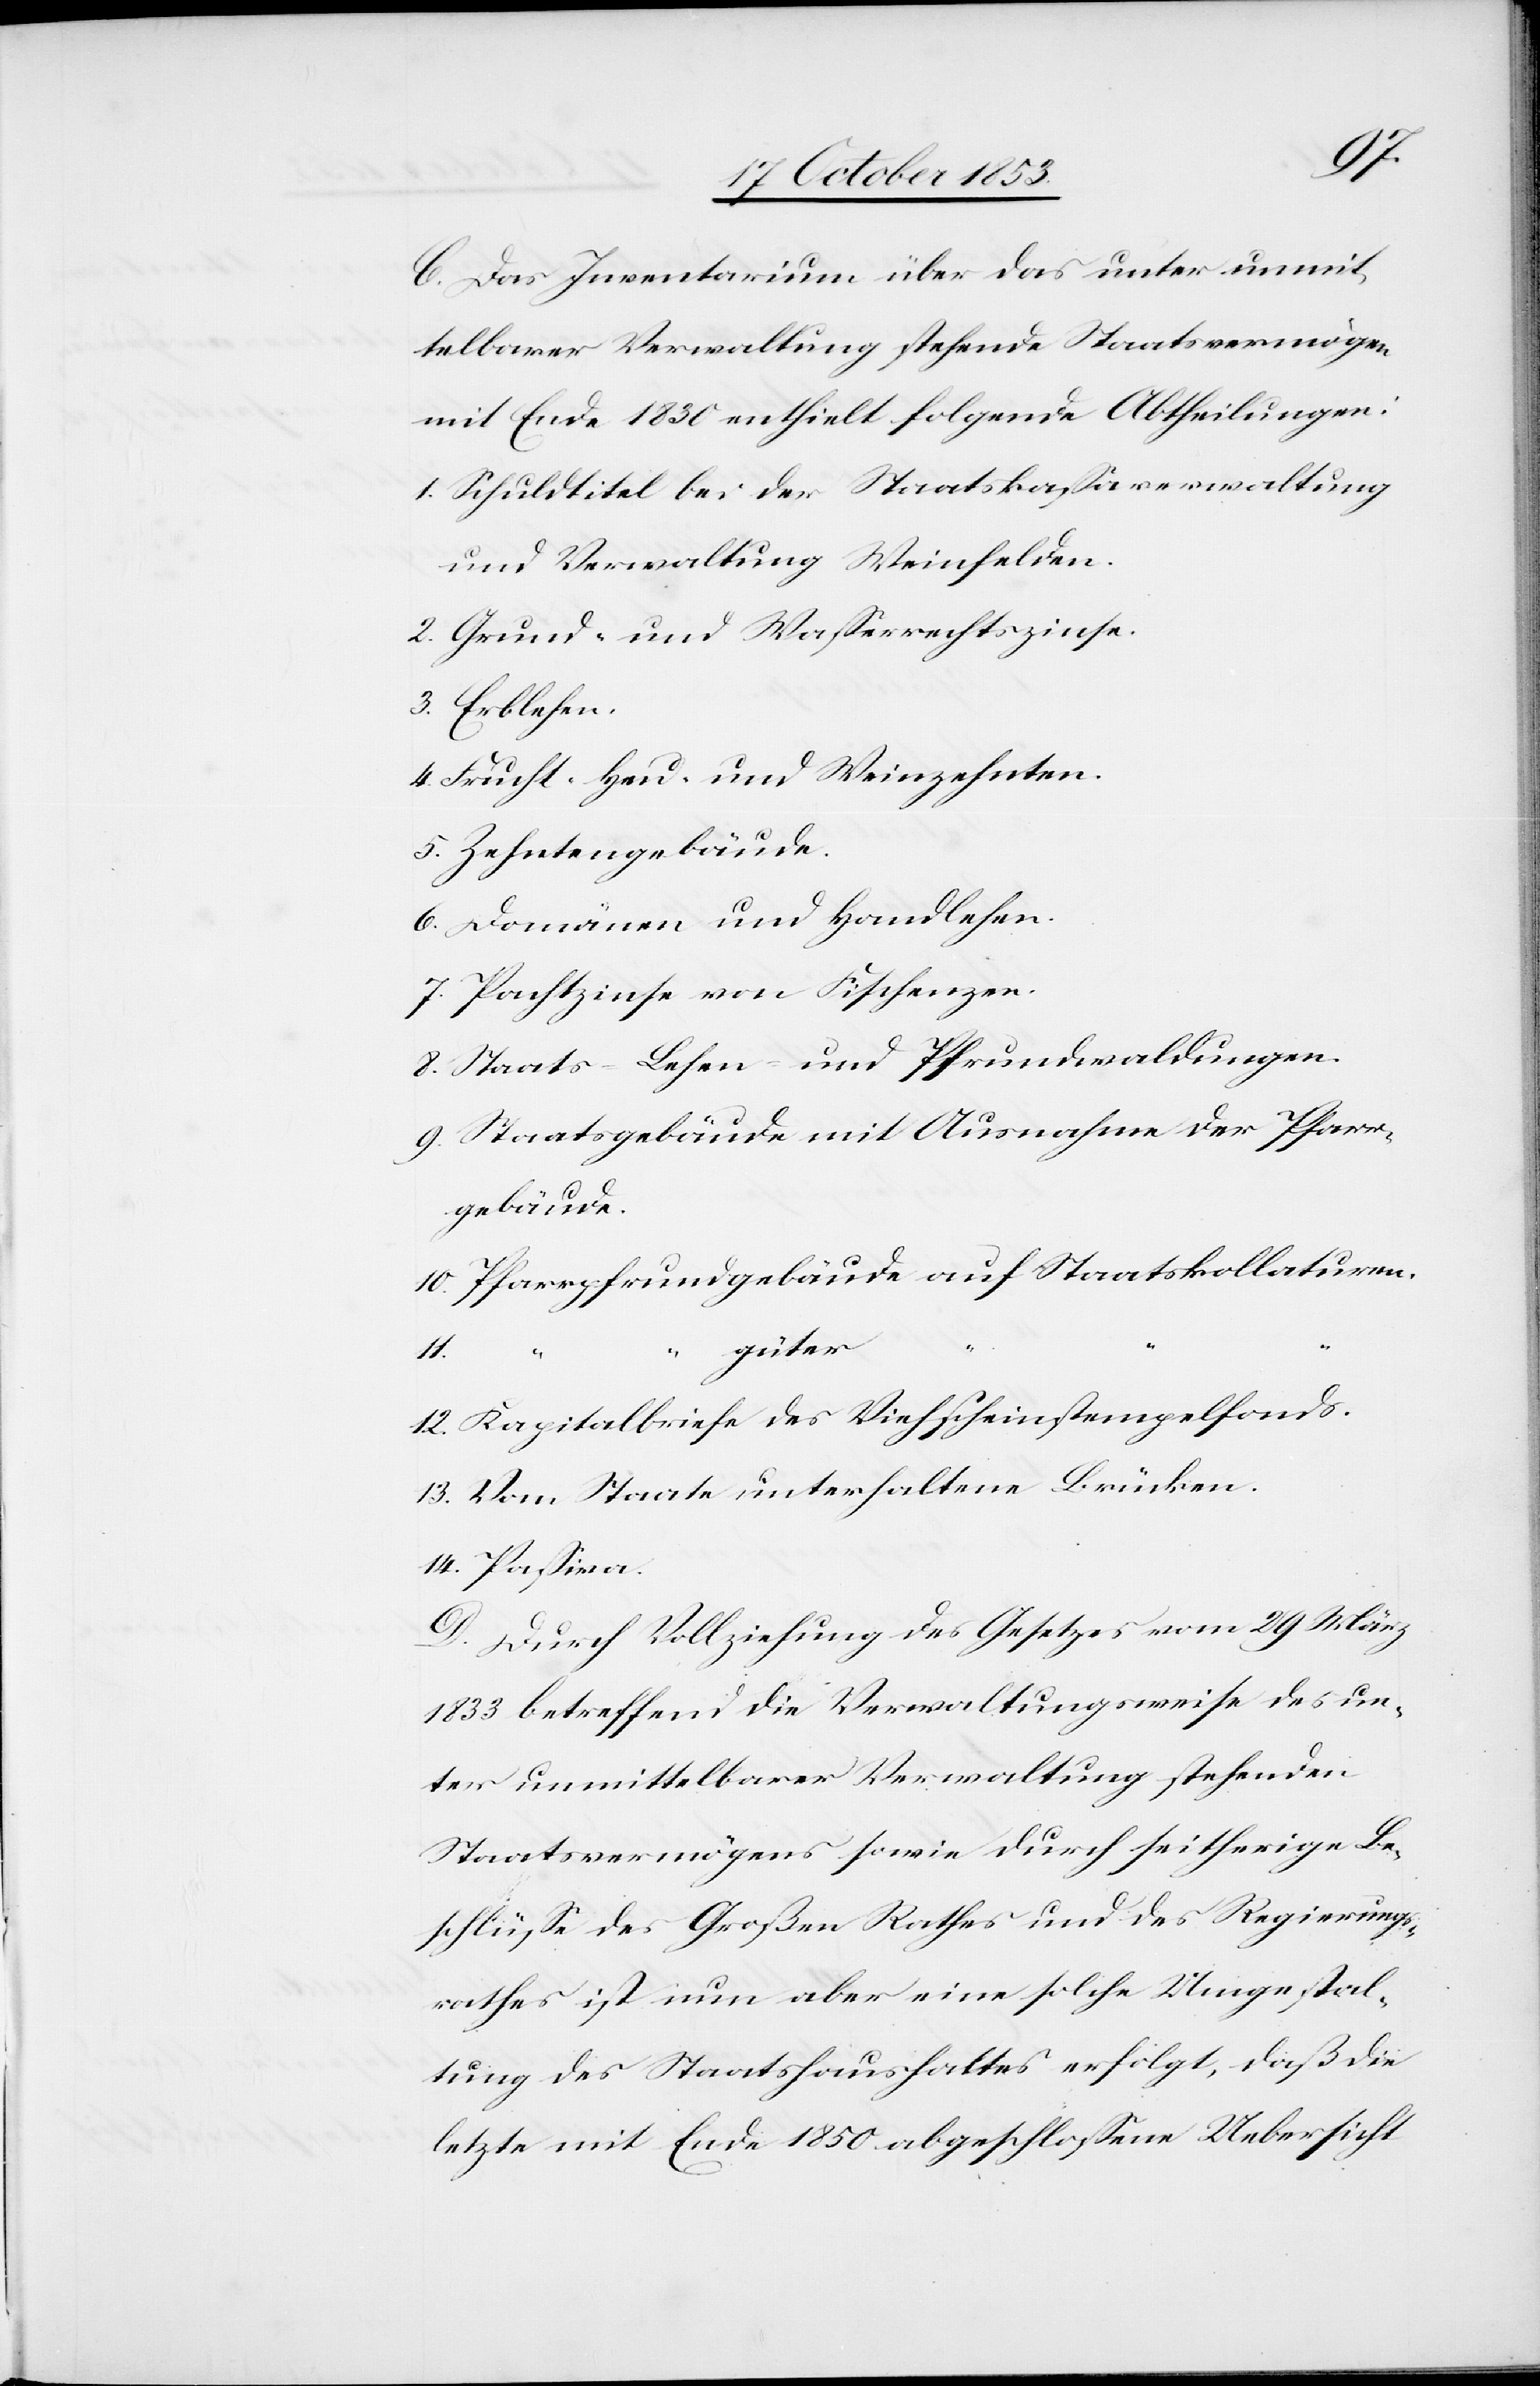
11.
C. Das Inventarium über das unter unmit¬
telbarer Verwaltung stehende Staatsvermögen
mit Ende 1830 enthielt folgende Abtheilungen:
1. Schuldtitel bei der Staatskaßaverwaltung
und Verwaltung Weinfelden.
2. Grund- und Waßerrechtszinse.
3. Erblehen.
4. Frucht- Heu- und Weinzehnten.
5. Zehntengebäude.
6. Domänen und Handlehen.
7. Pachtzinse von Fischenzen.
8. Staats-Lehen und Pfrundwaldungen.
9. Staatsgebäude mit Ausnahme der Pfarr¬
gebäude
10. Pfarrpfrundgebäude auf Staatskollaturen.
13. Vom Staate unterhaltene Brücken.
14. Paßiven.
D. Durch Vollziehung des Gesetzes vom 29 März
1833 betreffend die Verwaltungsweise des un¬
ter unmittelbarer Verwaltung stehenden
Staatsvermögens sowie durch seitherige Be¬
schlüße des Großen Rathes und des Regierungs¬
rathes ist nun aber eine solche Umgestal¬
tung des Staatshaushaltes erfolgt, daß die
letzte mit Ende 1850 abgeschloßene Uebersicht